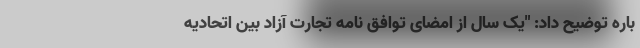
باره توضیح داد: "یک سال از امضای توافق نامه تجارت آزاد بین اتحادیه